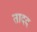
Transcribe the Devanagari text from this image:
तादद